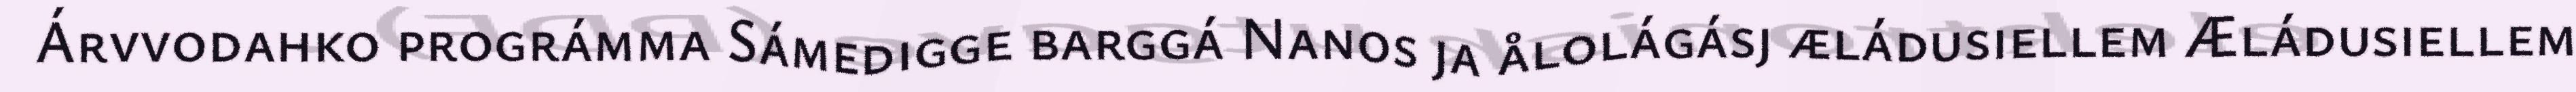
Árvvodahko prográmma Sámedigge barggá Nanos ja ålolágásj æládusiellem Æládusiellem